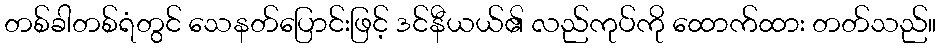
တစ်ခါတစ်ရံတွင် သေနတ်ပြောင်းဖြင့် ဒင်နီယယ်၏ လည်ကုပ်ကို ထောက်ထား တတ်သည်။